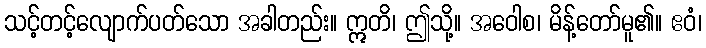
သင့်တင့်လျောက်ပတ်သော အခါတည်း။ ဣတိ၊ ဤသို့။ အဝေါစ၊ မိန့်တော်မူ၏။ ဧဝံ၊